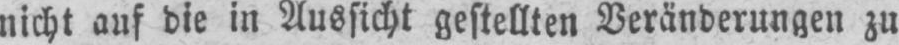
nicht auf die in Aussicht gestellten Veränderungen zu